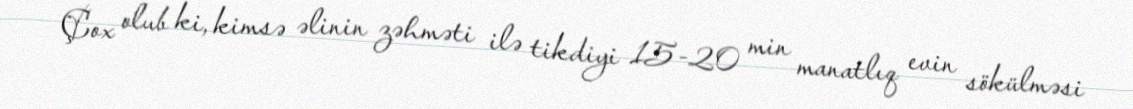
Çox olub ki, kimsə əlinin zəhməti ilə tikdiyi 15-20 min manatlıq evin sökülməsi